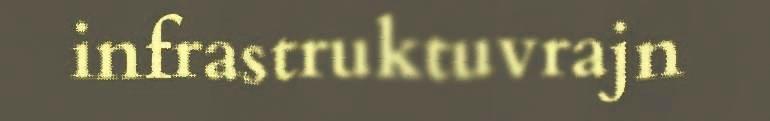
infrastruktuvrajn